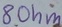
Text: 8Ohm